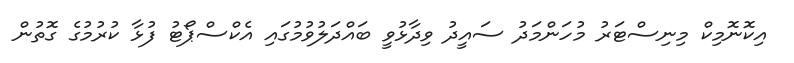
އިކޮނޮމިކް މިނިސްޓަރު މުހަންމަދު ސައީދު ވިދާޅުވީ ބައްދަލުވުމުގައި އެކްސްޕޯޓު ފުޅާ ކުރުމުގެ ގޮތުން